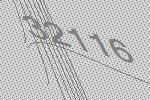
32116